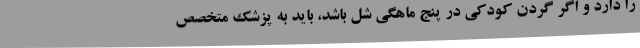
را دارد و اگر گردن کودکی در پنج ماهگی شل باشد، باید به پزشک متخصص